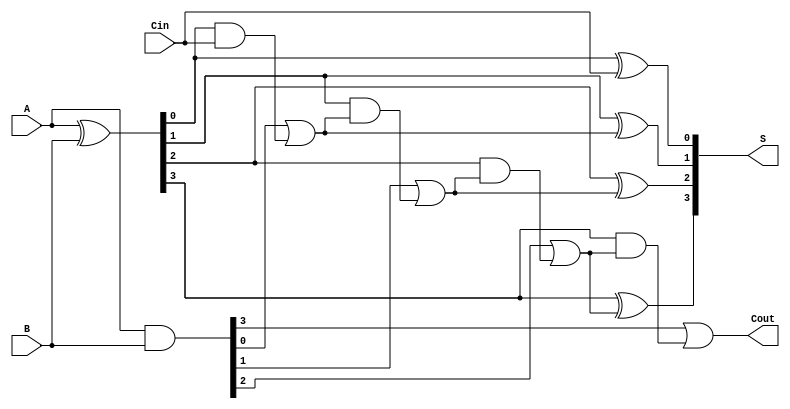
module CarryLookaheadAdder #(parameter N = 4) (
    input  wire [N-1:0] A,      // First operand
    input  wire [N-1:0] B,      // Second operand
    input  wire Cin,             // Carry-in
    output wire [N-1:0] S,       // Sum output
    output wire Cout             // Carry-out
);

    wire [N-1:0] G;              // Generate signals
    wire [N-1:0] P;              // Propagate signals
    wire [N:0] C;                // Carry signals

    // Generate and propagate signals
    assign G = A & B;            // Gi = Ai & Bi
    assign P = A ^ B;            // Pi = Ai ^ Bi

    // Carry signal generation
    assign C[0] = Cin;           // C[0] = Cin
    genvar i;
    generate
        for (i = 1; i <= N; i = i + 1) begin : carry_gen
            assign C[i] = G[i-1] | (P[i-1] & C[i-1]);
        end
    endgenerate

    // Sum calculation
    generate
        for (i = 0; i < N; i = i + 1) begin : sum_calc
            assign S[i] = P[i] ^ C[i];  // Si = Pi ^ Ci
        end
    endgenerate

    // Carry-out
    assign Cout = C[N];             // Cout = CN

endmodule